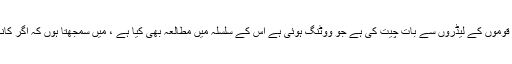
جناب مزمل قاضیا : جہاں تک ہم نے غور کیا ہے ، ہم نے الگ الگ قوموں کے لیڈروں سے بات چیت کی ہے جو ووٹنگ ہوئی ہے اس کے سلسلہ میں مطالعہ بھی کیا ہے ، میں سمجھتا ہوں کہ اگر کانگریس مجھے ٹکٹ دیتی ہے تو ان شاء اللہ میری کامیابی یقینی ہے ۔